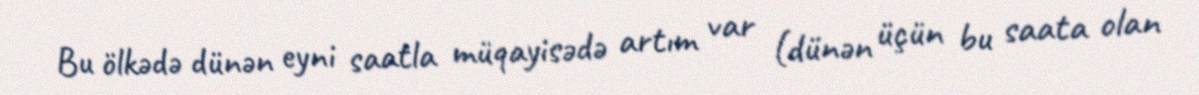
Bu ölkədə dünən eyni saatla müqayisədə artım var (dünən üçün bu saata olan